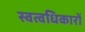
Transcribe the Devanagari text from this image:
स्वत्वधिकारों